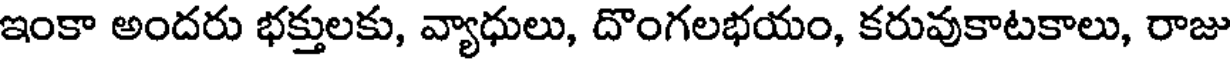
ఇంకా అందరు భక్తులకు, వ్యాధులు, దొంగలభయం, కరువుకాటకాలు, రాజు